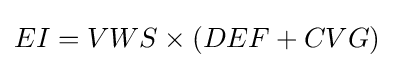
EI=VWS\times (DEF+CVG)